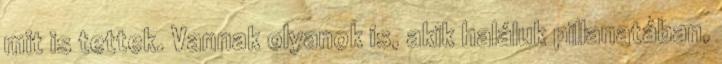
mit is tettek. Vannak olyanok is, akik haláluk pillanatában,